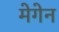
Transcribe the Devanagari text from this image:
मेगेन